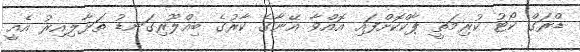
ޑްރަގް ކޯޓު ކުރިމަތީ ޕާކްކޮށްފައި އޮއްވާ އޭނާގެ ކާރުގެ ބިއްލޫރިގަނޑު ތަޅާލިއިރު އެއީ